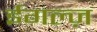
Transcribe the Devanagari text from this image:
ईगल्ज़